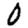
Digit: 0